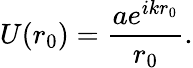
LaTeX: U(r_{0})={\frac{ae^{ikr_{0}}}{r_{0}}}.